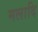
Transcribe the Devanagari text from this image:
मलादि